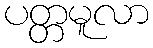
ပတ္တမူလာ